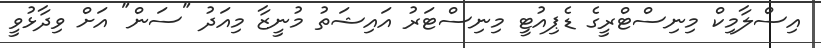
އިސްލާމިކް މިނިސްޓްރީގެ ޑެޕިއުޓީ މިނިސްޓަރު އައިޝަތު މުނީޒާ މިއަދު "ސަން" އަށް ވިދާޅުވީ